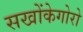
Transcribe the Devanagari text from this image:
सखोंकेगोरो